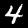
Digit: 4